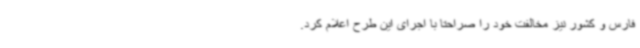
فارس و کشور نیز مخالفت خود را صراحتا با اجرای این طرح اعلام کرد.